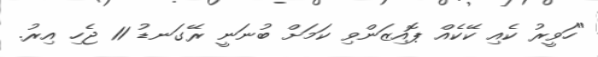
"ހަވީރު ކެއި ކޭކެއް ޕޮއިޒަންވި ކަމަށް ބުނަނީ ރޭގަނޑު 11 ޖެހި އިރު.